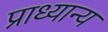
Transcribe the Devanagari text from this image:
प्राध्यान्य